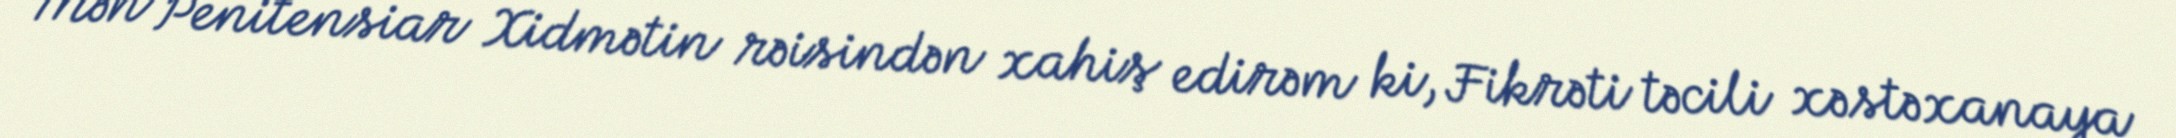
Mən Penitensiar Xidmətin rəisindən xahiş edirəm ki, Fikrəti təcili xəstəxanaya